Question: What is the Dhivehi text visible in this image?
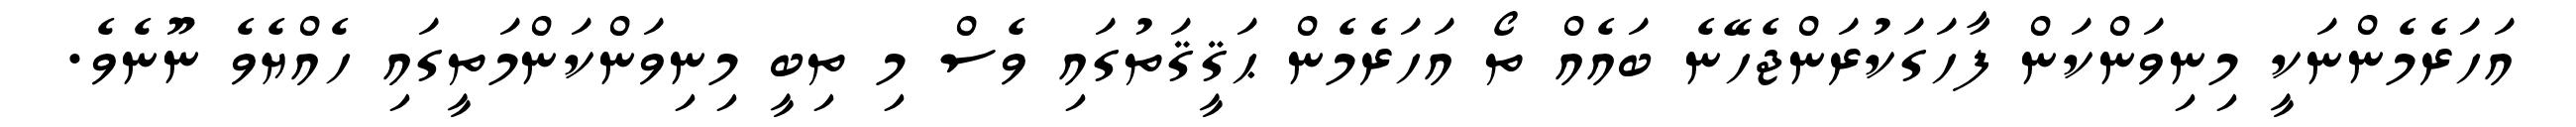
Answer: އަހަރެމެންނަކީ މިނިވަންކަން ފާހަގަކުރަންޖެހޭނެ ބައެއް ތޯ އަހަރެމެން ޙަޤީޤަތުގައި ވެސް މި ތިބީ މިނިވަންކަންމަތީގައި ހެއްޔެވެ ނޫނެވެ.